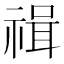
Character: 𥚶